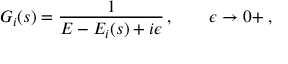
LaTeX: G _ { i } ( s ) = \frac { 1 } { E - E _ { i } ( s ) + i \epsilon } \, , \qquad \epsilon \to 0 + \; ,